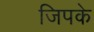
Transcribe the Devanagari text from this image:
जिपके